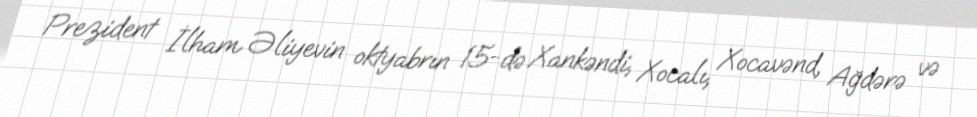
Prezident İlham Əliyevin oktyabrın 15-də Xankəndi, Xocalı, Xocavənd, Ağdərə və